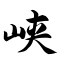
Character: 峡